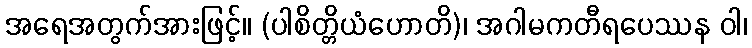
အရေအတွက်အားဖြင့်။ (ပါစိတ္တိယံဟောတိ)၊ အဂါမကတီရပေဿန ဝါ၊